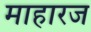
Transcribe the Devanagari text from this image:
माहारज